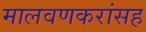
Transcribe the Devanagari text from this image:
मालवणकरांसह